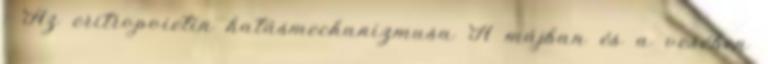
: Az eritropoietin hatásmechanizmusa A májban és a vesében